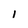
Character: I